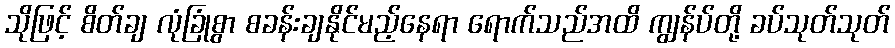
သိုဖြင့် စိတ်ချ လုံခြုံစွာ စခန်းချနိုင်မည့်နေရာ ရောက်သည်အထိ ကျွန်ပ်တို့ ခပ်သုတ်သုတ်